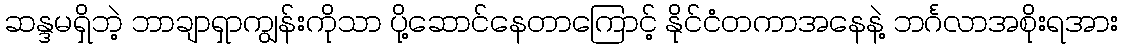
ဆန္ဒမရှိဘဲ့ ဘာချာရှာကျွန်းကိုသာ ပို့ဆောင်နေတာကြောင့် နိုင်ငံတကာအနေနဲ့ ဘင်္ဂလာအစိုးရအား